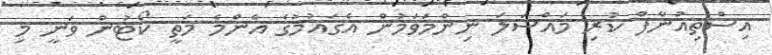
އިސްތިއުނާފް ކުރި މައްސަލަ ނިންމަވަމުން އެގައުމުގެ އެންމެ މަތީ ކޯޓުން ވަނީ މި